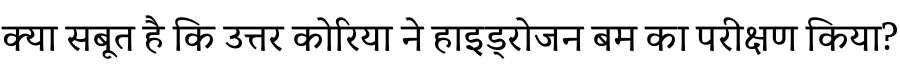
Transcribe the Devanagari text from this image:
क्या सबूत है कि उत्तर कोरिया ने हाइड्रोजन बम का परीक्षण किया?